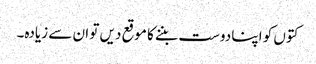
کتوں کو اپنا دوست بننے کا موقع دیں تو ان سے زیادہ۔